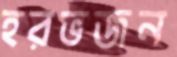
হরভজন